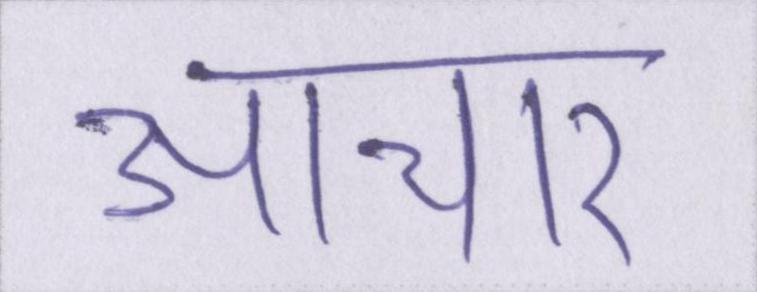
आचार